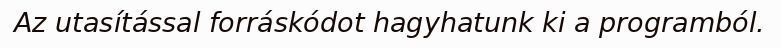
Az utasítással forráskódot hagyhatunk ki a programból.